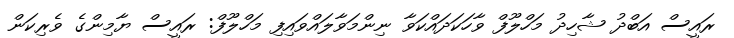
ރައީސް އަބްދު ޝާހިދު މަހްލޫފް ވާހަކަދައްކަވާ ނިންމަވާލައްވައިފި މަހްލޫފް: ރައީސް ޔާމިންގެ ވެރިކަން